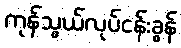
ကုန်သွယ်လုပ်ငန်းခွန်